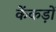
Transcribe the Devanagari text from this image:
केंकड़ों